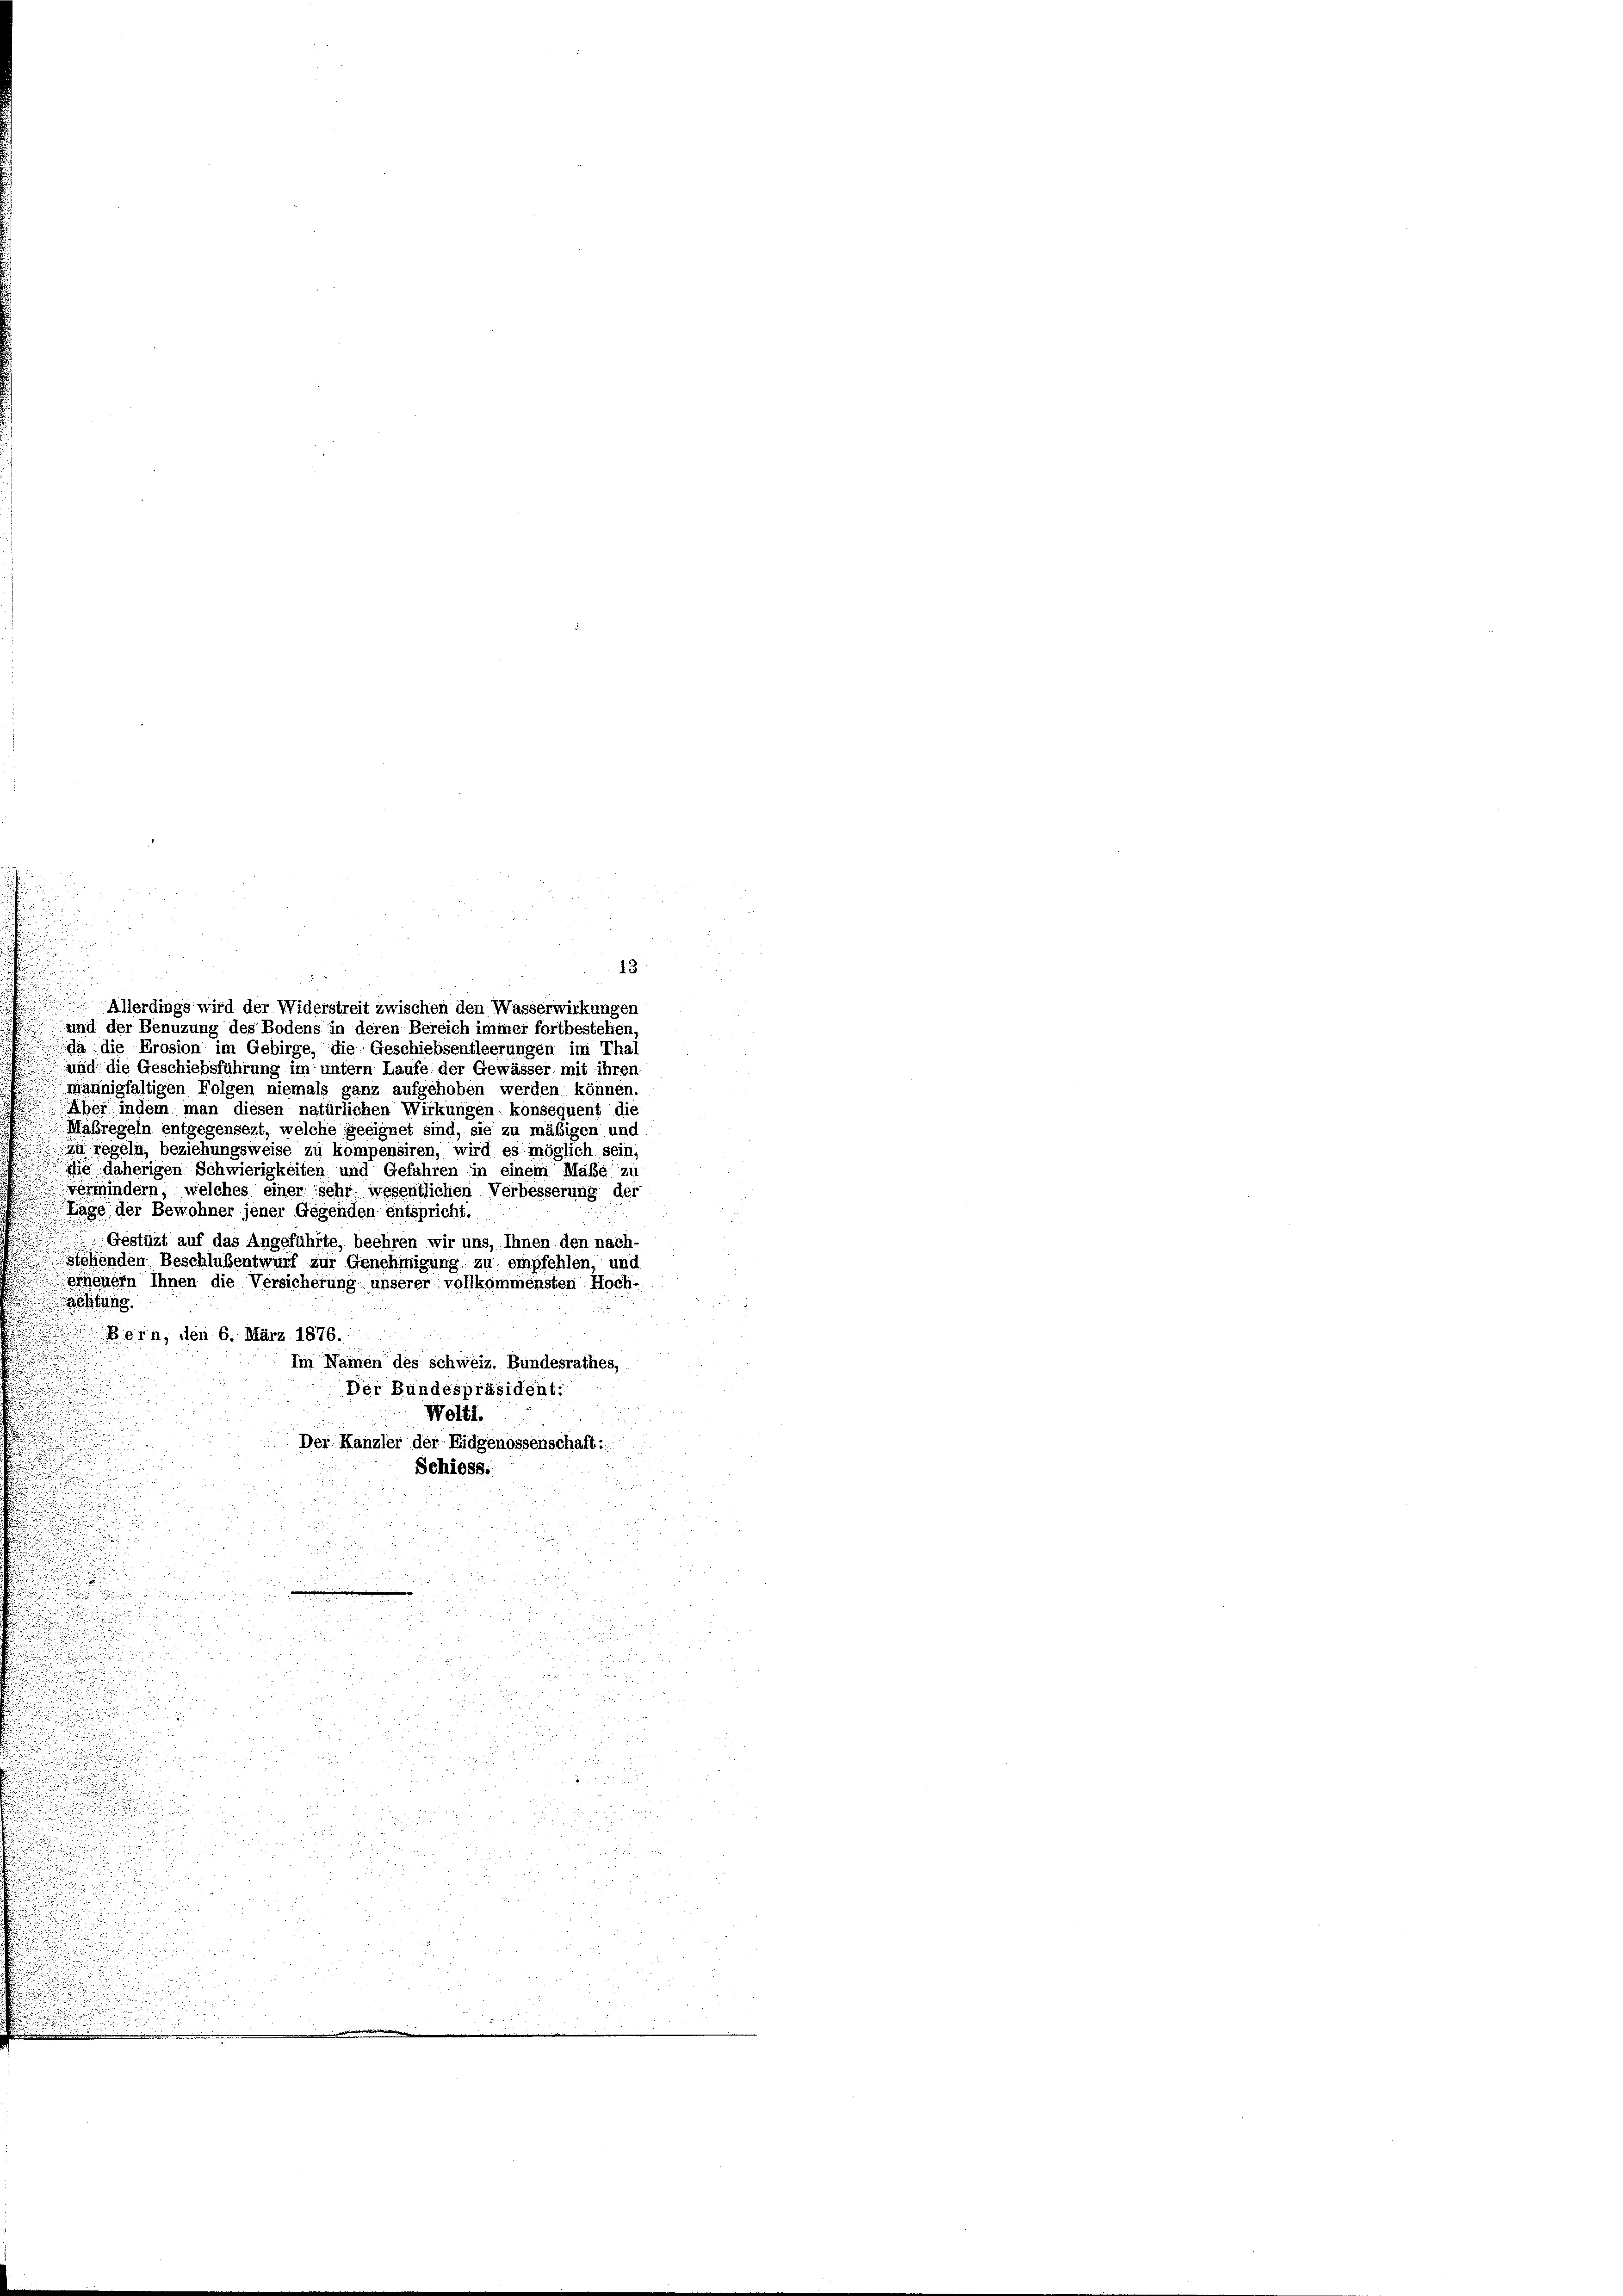
13
Allerdings wird der Widerstreit zwischen den Wasserwirkungen
und der Benuzung des Bodens in deren Bereich immer fortbestehen,
da die Prosion im Gebirge, die Geschiebsentleerungen im Thal
und die Geschiebsführung im untern Laufe der Gewässer mit ihren
männigfaltigen Folgen niemals ganz aufgehoben werden können.
Aber indem man diesen natürlichen Wirkungen konsequent die
Maßregeln entgegensezt, welche geeignet sind, sie zu mäßigen und
 regeln, beziehungsweise zu kompensiren, wird es möglich sein,
die daherigen Schwierigkeiten und Gefahren in einem Maße zu
vermindern, welches einer sehr wesentlichen Verbesserung der
Lage der Bewohner jener Gegenden entspricht.
Gestüzt auf das Angeführte, beehren wir uns, Ihnen den nach-
stehenden Beschlusentwurf zur Genehmigung zu empfehlen, und
erneuern Ihnen die Versicherung unserer vollkommensten Hoch-
ehtung.
Bern, den 6. März 1876.
Im Namen des schweiz. Bundesrathes,
Der Bundespräsident:
Welti.
Der Kanzler der Eidgenossenschaft:
Schiess.
.
 52
5 x
a

.

u
 40 x

i

i

d

n

u

5

5
2

r
.
d